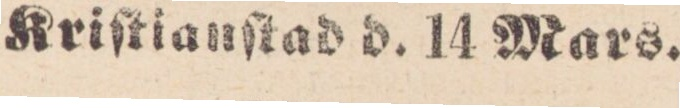
Kriſtianſtad d. 14 Mars.